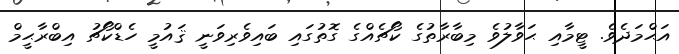
އަޙްމަދެވެ. ޓީމާއި ޙަވާލުވެ މިބާރާތުގެ ކޯޗެއްގެ ގޮތުގައި ބައިވެރިވަނީ ޤައުމީ ހެޑްކޯޗު އިބްރާޙީމް